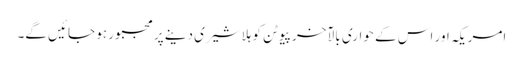
امریکہ اور اس کے حواری بالآخر پیوٹن کو ہلا شیری دینے پر مجبور ہو جائیں گے۔